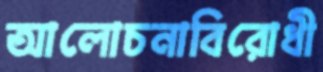
আলোচনাবিরোধী